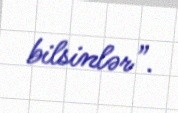
bilsinlər”.